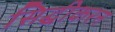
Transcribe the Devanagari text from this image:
सिद्धीकरन